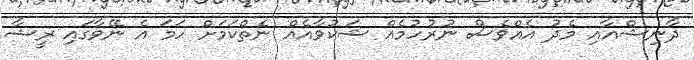
ދާނިޝްއާއި މެދު އެއްވެސް ނުރުހުމެއް ޝަކުވާއެއް ނެތްކަމަށް ހަމަ އެ ނޭވާގައި ރީޝާ